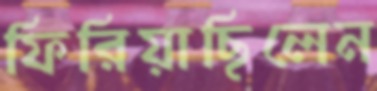
ফিরিয়াছিলেন